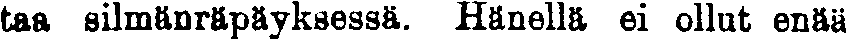
taa silmänräpäyksessä. Hänellä ei ollut enää